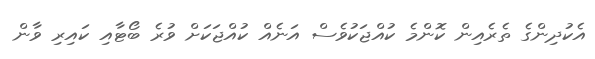
އެކުދިންގެ ތެރެއިން ކޮންމެ ކުއްޖަކުވެސް އަނެއް ކުއްޖަކަށް ވުރެ ބޯޓާއި ކައިރި ވާން